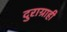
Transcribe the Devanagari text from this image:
दुराग्राही